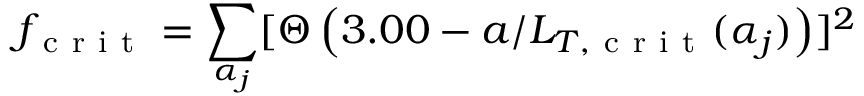
f _ { \mathrm { ~ c ~ r ~ i ~ t ~ } } = \sum _ { \alpha _ { j } } [ \Theta \left( 3 . 0 0 - a / L _ { T , \mathrm { ~ c ~ r ~ i ~ t ~ } } ( \alpha _ { j } ) \right) ] ^ { 2 }